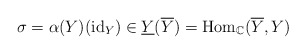
\begin{align*}\sigma=\alpha(Y)(\mathrm{id}_{Y})\in\underline{Y}(\overline{Y})=\mathrm{Hom}_{\mathbb{C}}(\overline{Y},Y)\end{align*}